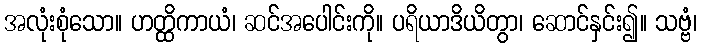
အလုံးစုံသော။ ဟတ္ထိကာယံ၊ ဆင်အပေါင်းကို။ ပရိယာဒိယိတွာ၊ ဆောင်နှင်း၍။ သဗ္ဗံ၊